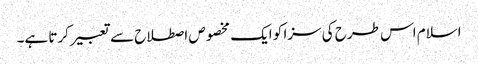
اسلام اس طرح کی سزا کو ایک مخصوص اصطلاح سے تعبیر کرتا ہے۔